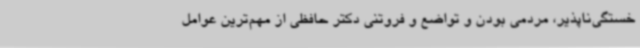
خستگی‌ناپذیر، مردمی بودن و تواضع و فروتنی دکتر حافظی از مهم‌ترین عوامل